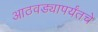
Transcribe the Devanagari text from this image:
आठवड्यापर्यंतचे